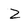
Character: Z